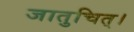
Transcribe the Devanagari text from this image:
जातुचित्।